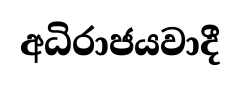
අධිරාජයවාදී